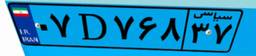
۶۵D۵۲۳۹۵